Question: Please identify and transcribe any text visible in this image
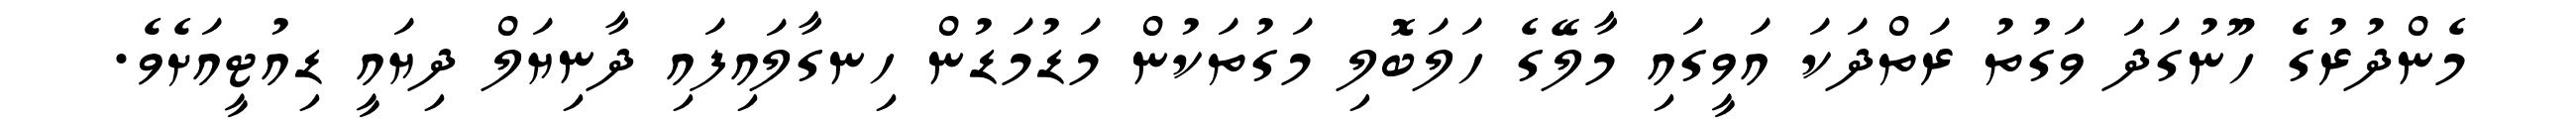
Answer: މެންދުރުގެ ހޫނުގަދަ ވަގުތު ރަތްދަކަ އަވީގައި މާލޭގެ ހަލަބޮލި މަގުތަކުން މަޑުމަޑުން ހިނގާލައިފައި ދާނިޔަލް ދިޔައީ ޑިއުޓީއަށެވެ.